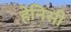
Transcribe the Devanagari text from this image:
हेनिसी